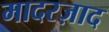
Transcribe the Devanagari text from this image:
मादरज़ाद